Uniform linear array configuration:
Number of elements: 16
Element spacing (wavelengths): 0.5
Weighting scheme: binomial
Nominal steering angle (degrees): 60
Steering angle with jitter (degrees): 58.76
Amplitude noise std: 0.05
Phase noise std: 0.05

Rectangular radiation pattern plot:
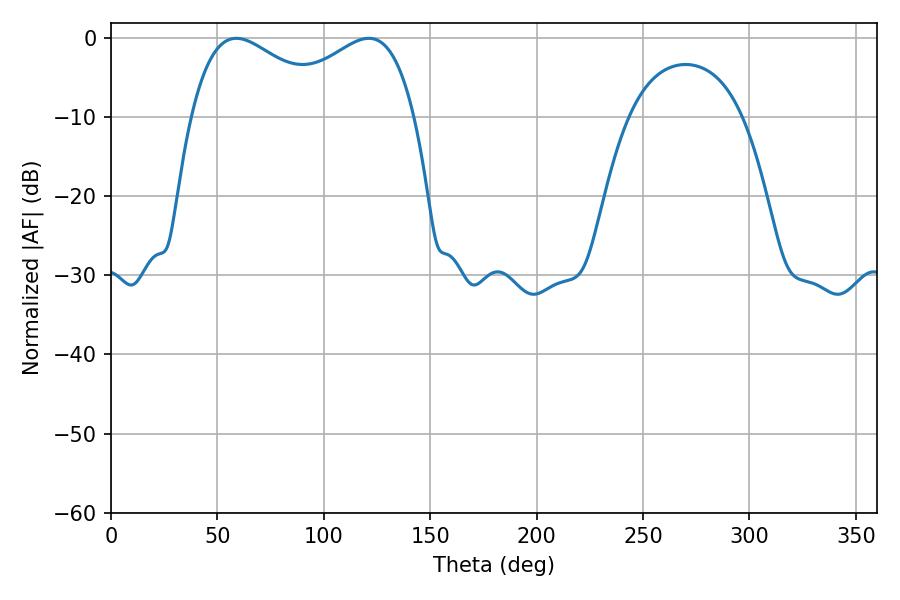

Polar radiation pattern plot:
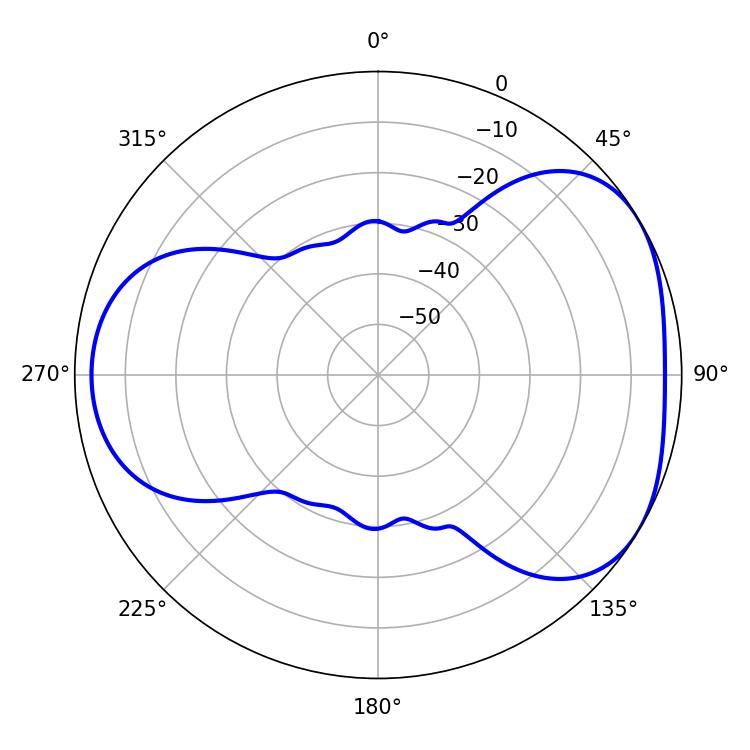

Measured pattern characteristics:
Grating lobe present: FALSE
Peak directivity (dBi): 4.236
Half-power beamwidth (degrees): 37.26
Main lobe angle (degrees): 58.86